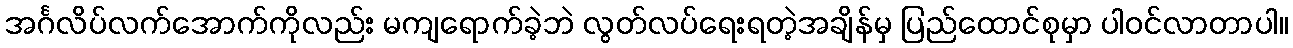
အင်္ဂလိပ်လက်အောက်ကိုလည်း မကျရောက်ခဲ့ဘဲ လွတ်လပ်ရေးရတဲ့အချိန်မှ ပြည်ထောင်စုမှာ ပါဝင်လာတာပါ။